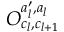
O _ { c _ { l } , c _ { l + 1 } } ^ { a _ { l } ^ { \prime } , a _ { l } }